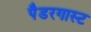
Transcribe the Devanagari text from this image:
पैडरगास्ट